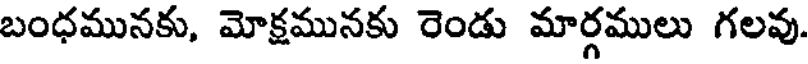
బంధమునకు, మోక్షమునకు రెండు మార్గములు గలవు.